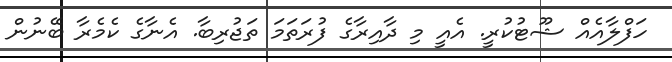
ހަފްލާއެއް ޝޫޓުކުރީ. އެއީ މި ދާއިރާގެ ފުރަތަމަ ތަޖުރިބާ. އެނާގެ ކެމެރާ ބޭނުން